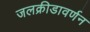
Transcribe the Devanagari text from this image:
जलक्रीडावर्णन